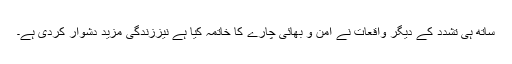
ساتھ ہی تشدد کے دیگر واقعات نے امن و بھائی چارے کا خاتمہ کیا ہے نیززندگی مزید دشوار کردی ہے۔